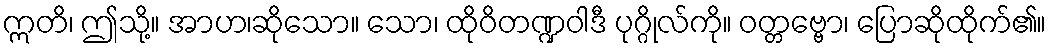
ဣတိ၊ ဤသို့။ အာဟ၊ဆိုသော။ သော၊ ထိုဝိတဏ္ဍဝါဒီ ပုဂ္ဂိုလ်ကို။ ဝတ္တဗ္ဗော၊ ပြောဆိုထိုက်၏။